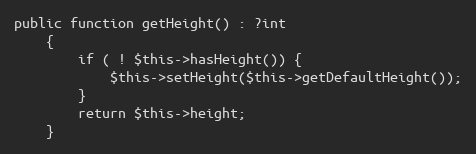
Language: PHP
public function getHeight() : ?int
    {
        if ( ! $this->hasHeight()) {
            $this->setHeight($this->getDefaultHeight());
        }
        return $this->height;
    }